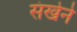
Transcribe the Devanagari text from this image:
संखेने